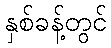
နှစ်ခန့်တွင်